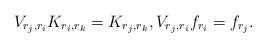
LaTeX: \begin{align*} V_{r_j,r_i}K_{r_i,r_k}=K_{r_j,r_k}, V_{r_j,r_i}f_{r_i}=f_{r_j}. \end{align*}